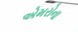
એમરોના